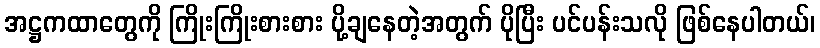
အဋ္ဌကထာတွေကို ကြိုးကြိုးစားစား ပို့ချနေတဲ့အတွက် ပိုပြီး ပင်ပန်းသလို ဖြစ်နေပါတယ်၊